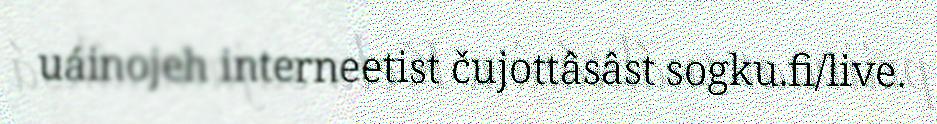
uáinojeh interneetist čujottâsâst sogku.fi/live.